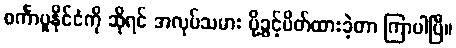
စင်္ကာပူနိုင်ငံကို ဆိုရင် အလုပ်သမား ပို့ခွင့်ပိတ်ထားခဲ့တာ ကြာပါပြီ။